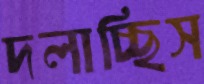
দলাচ্ছিস